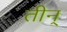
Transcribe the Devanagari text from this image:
तीन्